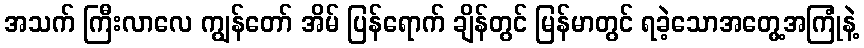
အသက် ကြီးလာလေ ကျွန်တော် အိမ် ပြန်ရောက် ချိန်တွင် မြန်မာတွင် ရခဲ့သောအတွေ့အကြုံနဲ့